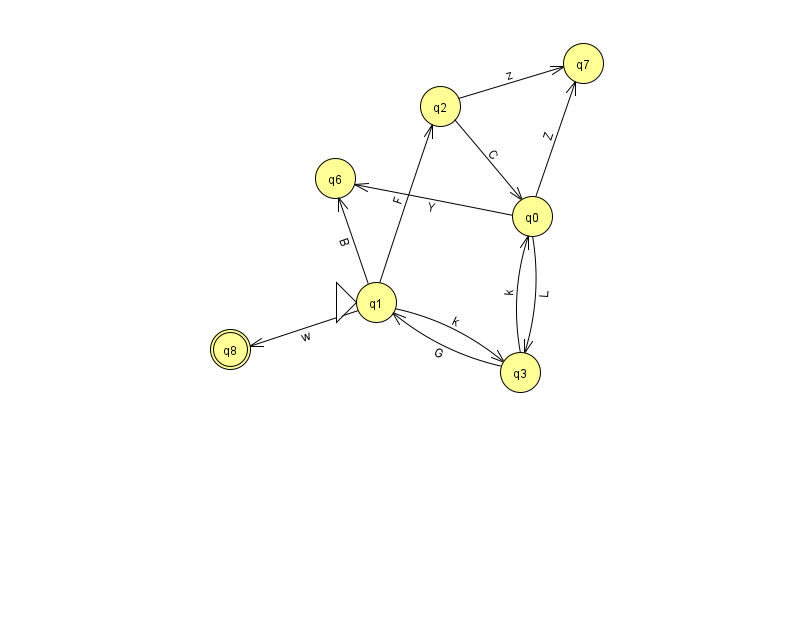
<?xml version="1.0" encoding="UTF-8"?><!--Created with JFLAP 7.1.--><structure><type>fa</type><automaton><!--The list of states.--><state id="0" name="q0"><x>532.0</x><y>203.0</y></state><state id="1" name="q1"><x>376.0</x><y>289.0</y><initial/></state><state id="2" name="q2"><x>440.0</x><y>93.0</y></state><state id="3" name="q3"><x>520.0</x><y>359.0</y></state><state id="6" name="q6"><x>335.0</x><y>165.0</y></state><state id="7" name="q7"><x>583.0</x><y>50.0</y></state><state id="8" name="q8"><x>230.0</x><y>336.0</y><final/></state><!--The list of transitions.--><transition><from>1</from><to>6</to><read>B</read></transition><transition><from>0</from><to>6</to><read>Y</read></transition><transition><from>1</from><to>3</to><read>k</read></transition><transition><from>1</from><to>2</to><read>F</read></transition><transition><from>2</from><to>7</to><read>z</read></transition><transition><from>0</from><to>3</to><read>L</read></transition><transition><from>3</from><to>1</to><read>G</read></transition><transition><from>1</from><to>8</to><read>w</read></transition><transition><from>2</from><to>0</to><read>C</read></transition><transition><from>0</from><to>7</to><read>Z</read></transition><transition><from>3</from><to>0</to><read>k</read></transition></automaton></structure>